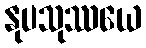
နုပသုဿယေ